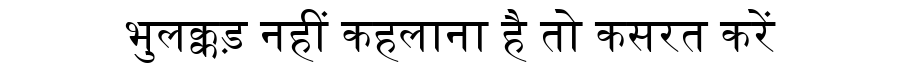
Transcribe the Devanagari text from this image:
भुलक्कड़ नहीं कहलाना है तो कसरत करें